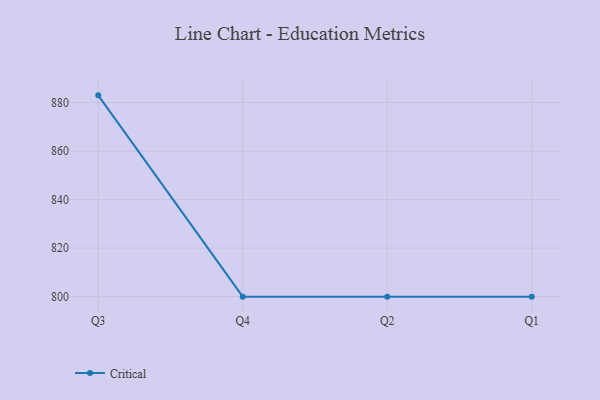
{"axis": {"x": "Quarter", "y": "Customer Acquisition Cost (USD)"}, "legend": ["Critical"], "data": [{"x": "Q3", "y": 883.0, "type": "Critical"}, {"x": "Q4", "y": 800, "type": "Critical"}, {"x": "Q2", "y": 800, "type": "Critical"}, {"x": "Q1", "y": 800, "type": "Critical"}]}